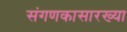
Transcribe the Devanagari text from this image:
संगणकासारख्या